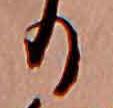
る